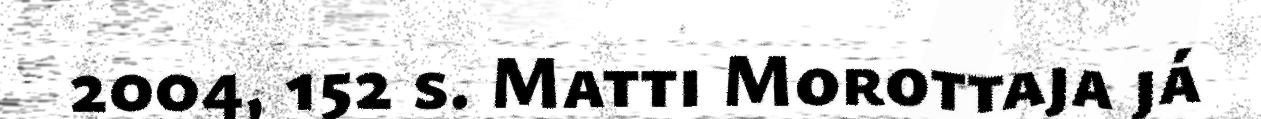
2004, 152 s. Matti Morottaja já